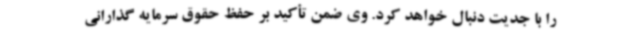
را با جدیت دنبال خواهد کرد. وی ضمن تأکید بر حفظ حقوق سرمایه گذارانی